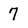
Character: 7